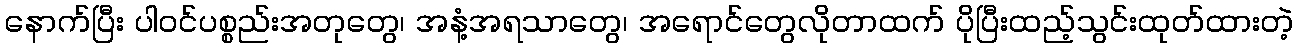
နောက်ပြီး ပါဝင်ပစ္စည်းအတုတွေ၊ အနံ့အရသာတွေ၊ အရောင်တွေလိုတာထက် ပိုပြီးထည့်သွင်းထုတ်ထားတဲ့